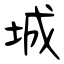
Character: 城